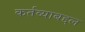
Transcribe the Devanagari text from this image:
कर्तव्याबद्दल